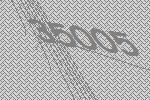
35005